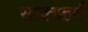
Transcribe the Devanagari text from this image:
साक्च्हर्त